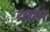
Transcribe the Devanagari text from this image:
ययम